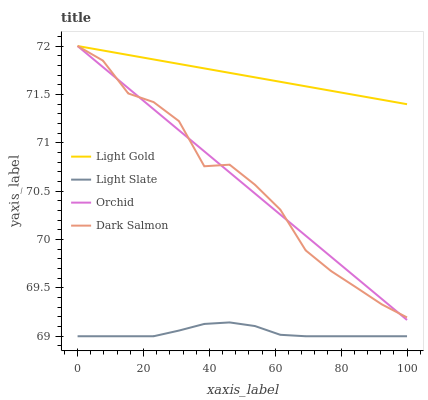
| xaxis_label | Light Gold | Light Slate | Orchid | Dark Salmon |
 | --- | --- | --- | --- | --- |
 | 0 | 72 | 69 | 72 | 72 |
 | 7.69 | 72 | 69 | 71.8 | 71.8 |
 | 15.4 | 71.9 | 69 | 71.6 | 71.5 |
 | 23.1 | 71.9 | 69 | 71.3 | 71.4 |
 | 30.8 | 71.8 | 69.1 | 71.1 | 71.2 |
 | 38.5 | 71.8 | 69.1 | 70.9 | 70.8 |
 | 46.2 | 71.7 | 69.1 | 70.7 | 70.8 |
 | 53.8 | 71.7 | 69.1 | 70.5 | 70.6 |
 | 61.5 | 71.6 | 69 | 70.3 | 70.3 |
 | 69.2 | 71.6 | 69 | 70 | 69.9 |
 | 76.9 | 71.5 | 69 | 69.8 | 69.7 |
 | 84.6 | 71.5 | 69 | 69.6 | 69.5 |
 | 92.3 | 71.4 | 69 | 69.4 | 69.3 |
 | 100 | 71.4 | 69 | 69.2 | 69.2 |